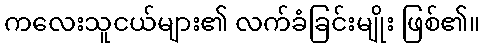
ကလေးသူငယ်များ၏ လက်ခံခြင်းမျိုး ဖြစ်၏။